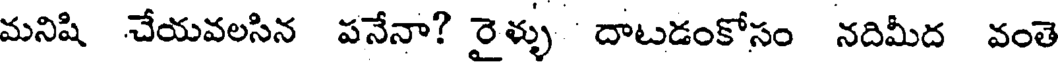
మనిషి చేయవలసిన పనేనా? రైళ్ళు దాటడంకోసం నదిమీద వంతె